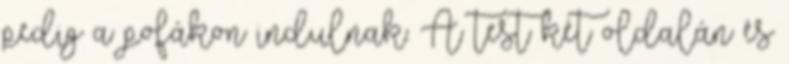
pedig a pofákon indulnak. A test két oldalán és